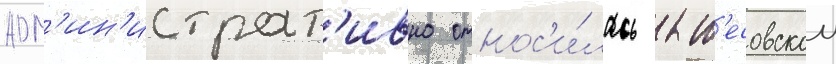
адм'ин'истрат'ивно относ'и́лась к т'есовскои